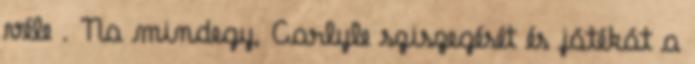
véle . Na mindegy, Carlyle sziszegését és játékát a